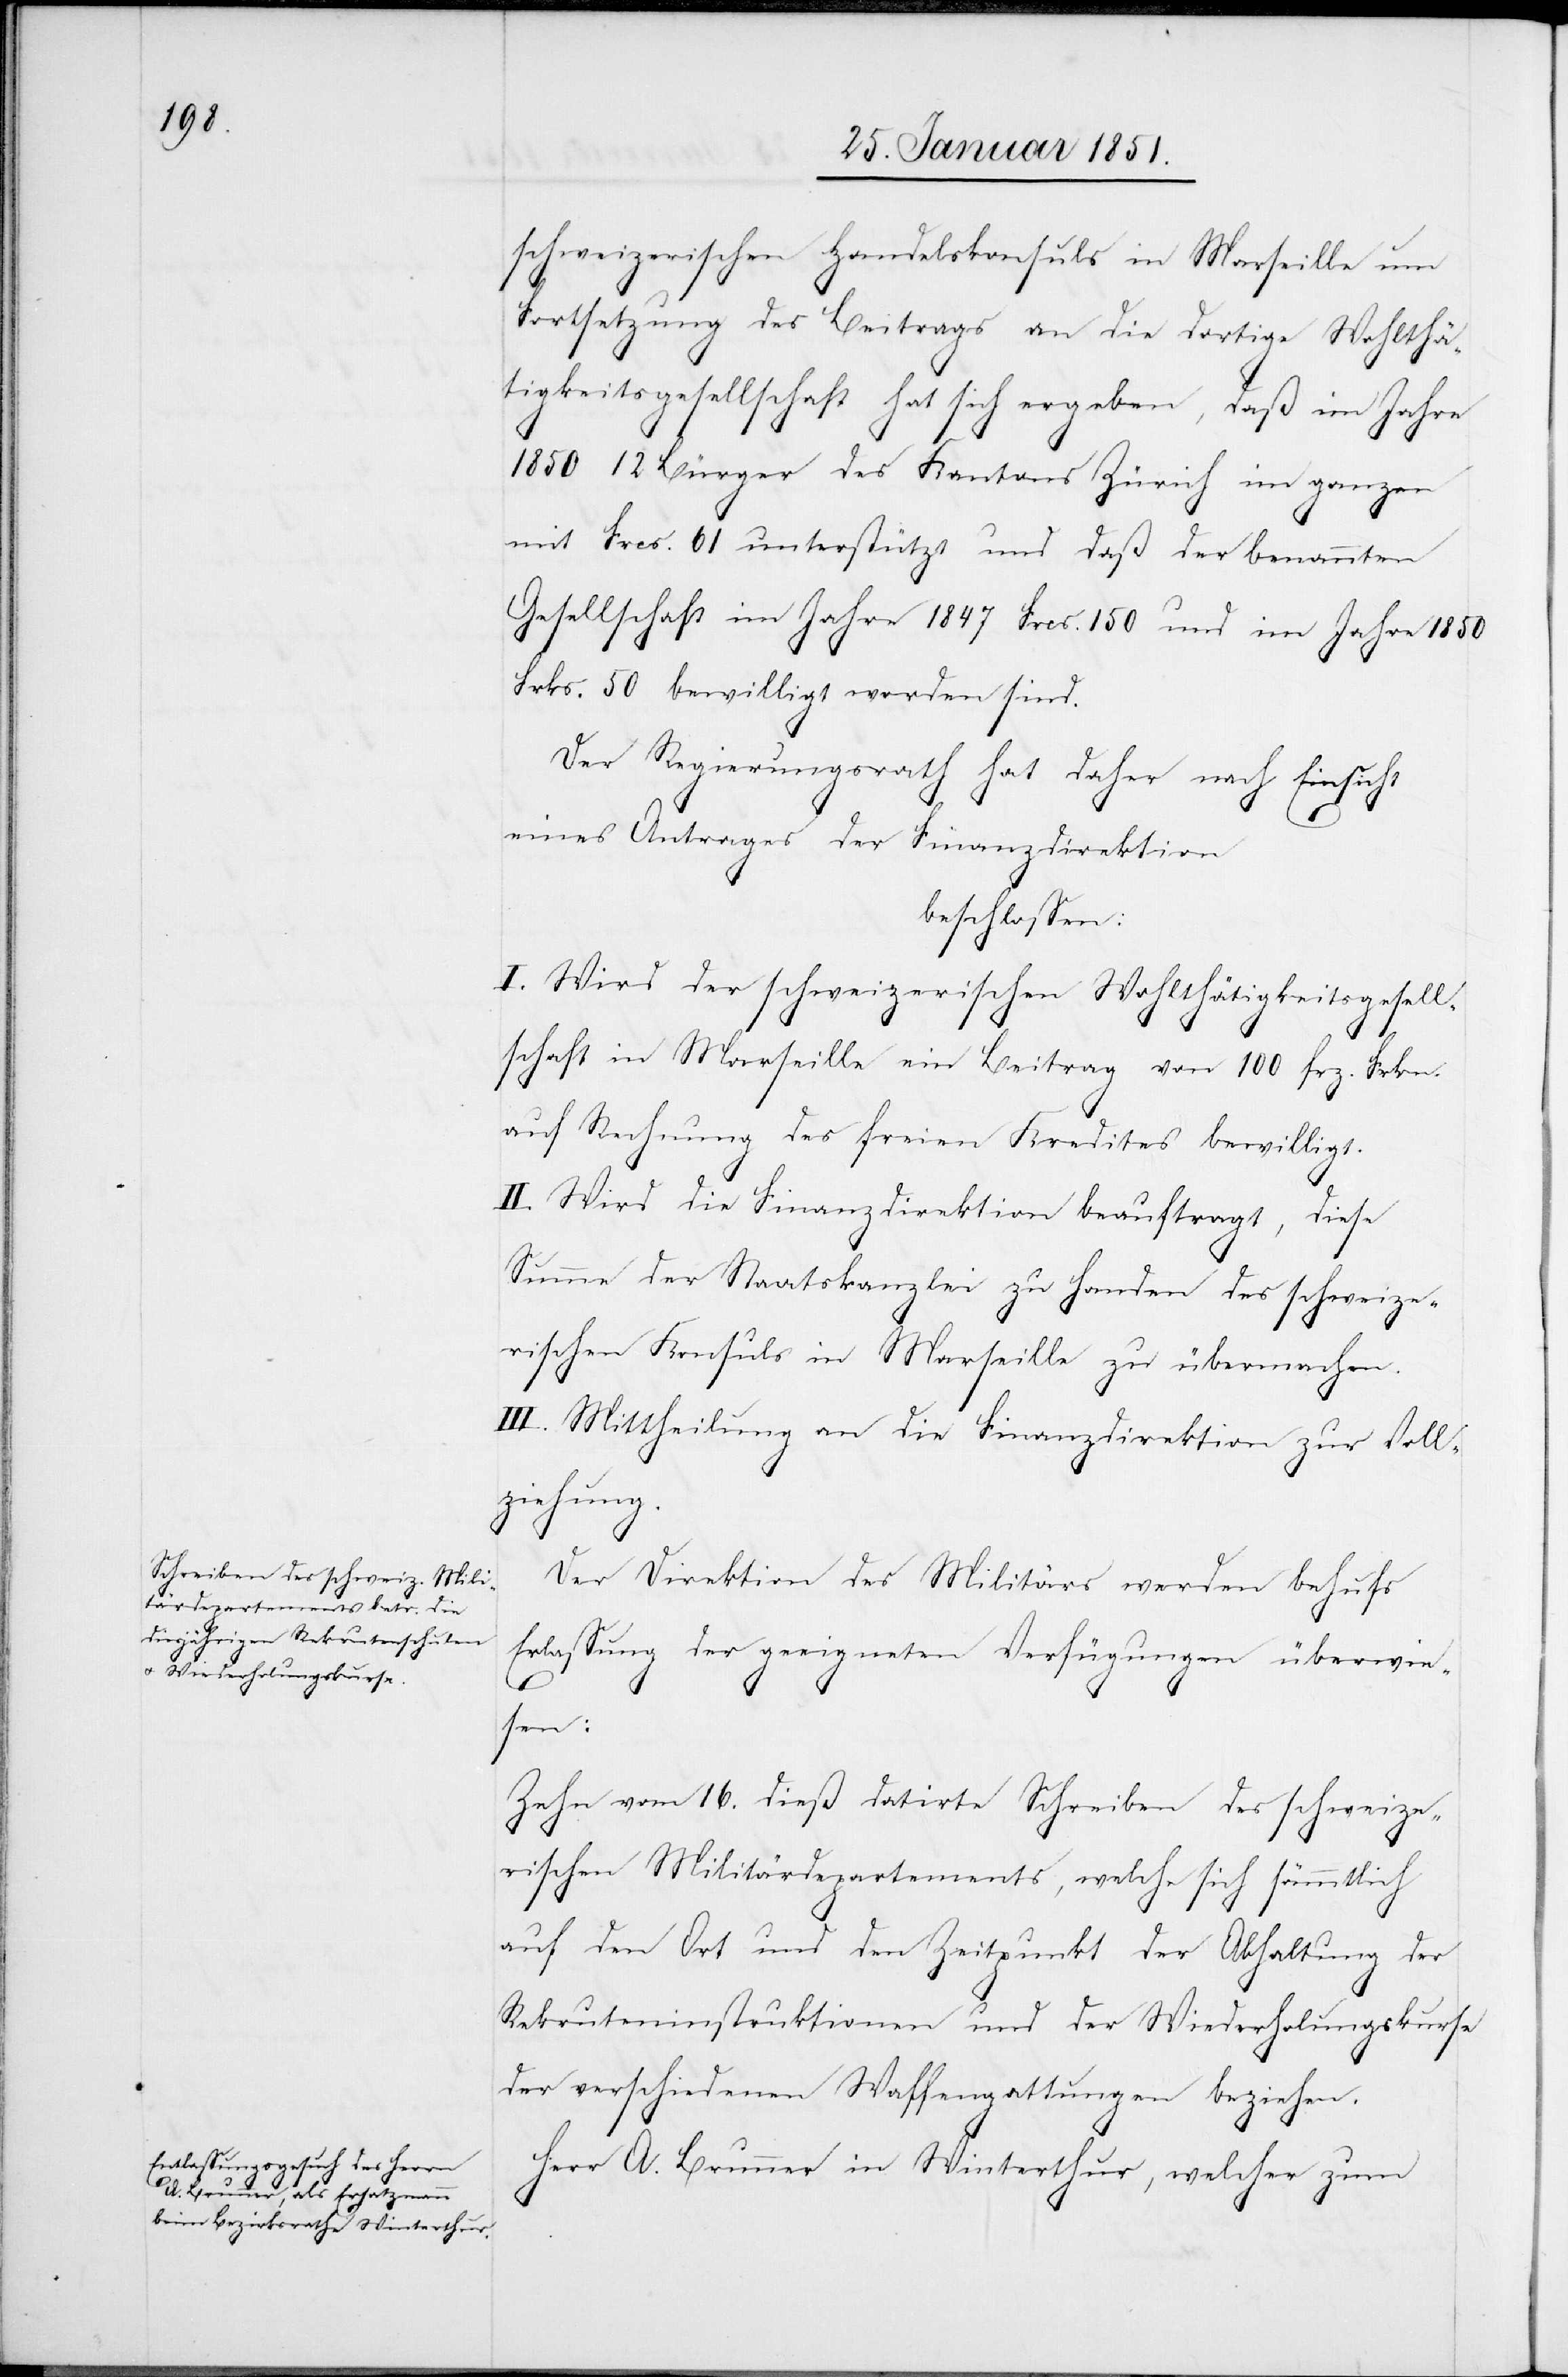
schweizerischen Handelskonsuls in Marseille um
Fortsetzung des Beitrags an die dortige Wohlthä¬
tigkeitsgesellschaft hat sich ergeben, daß im Jahre
1850 12 Bürger des Kantons Zürich im ganzen
mit Frcs. 61 unterstützt und daß der benannten
Gesellschaft im Jahre 1847 Frcs. 150 und im Jahre 1850
Frks. 50 bewilligt worden sind.
Der Regierungsrath hat daher nach Einsicht
eines Antrages der Finanzdirektion
beschlossen:
I. Wird der schweizerischen Wohlthätigkeitsgesell¬
schaft in Marseille ein Beitrag von 100 frz. Frkn.
auf Rechnung des freien Kredites bewilligt.
II. Wird die Finanzdirektion beauftragt, diese
Summe der Staatskanzlei zu Handen des schweize¬
rischen Konsuls in Marseille zu übermachen.
III. Mittheilung an die Finanzdirektion zur Voll¬
ziehung.
Der Direktion des Militärs werden behufs
Erlassung der geeigneten Verfügungen überwie¬
sen:
Zehn vom 16. dieß datirte Schreiben des schweize¬
rischen Militärdepartements, welche sich sämmtlich
auf den Ort und den Zeitpunkt der Abhaltung der
Rekruteninstruktionen und der Wiederholungskurse
der verschiedenen Waffengattungen beziehen.
Herr A. Brunner in Winterthur, welcher zum